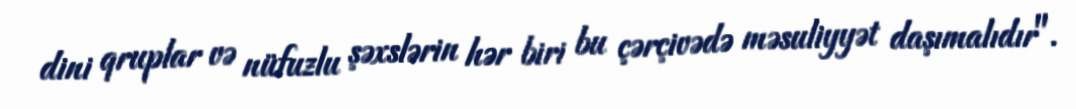
dini qruplar və nüfuzlu şəxslərin hər biri bu çərçivədə məsuliyyət daşımalıdır".